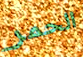
الحمر